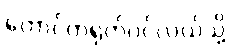
တောင်တရုတ်ပင်လယ်သို့